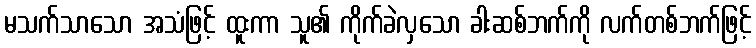
မသက်သာသော အသံဖြင့် ထူးကာ သူ၏ ကိုက်ခဲလှသော ခါးဆစ်ဘက်ကို လက်တစ်ဘက်ဖြင့်